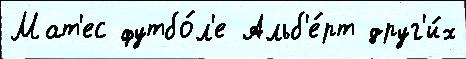
Мат'ес футбо́л'е Альб'е́рт друг'и́х